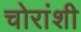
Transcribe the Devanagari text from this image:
चोरांशी